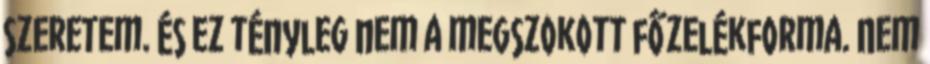
szeretem. És ez tényleg nem a megszokott főzelékforma. Nem